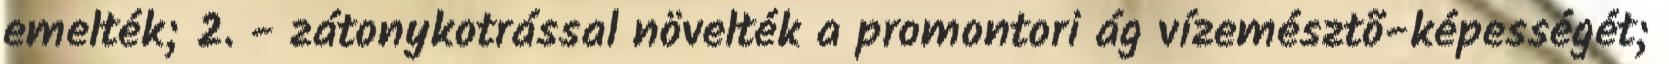
emelték; 2. - zátonykotrással növelték a promontori ág vízemésztõ-képességét;